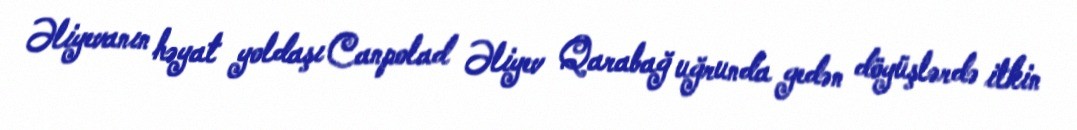
Əliyevanın həyat yoldaşı Canpolad Əliyev Qarabağ uğrunda gedən döyüşlərdə itkin